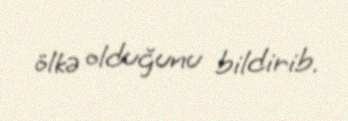
ölkə olduğunu bildirib.